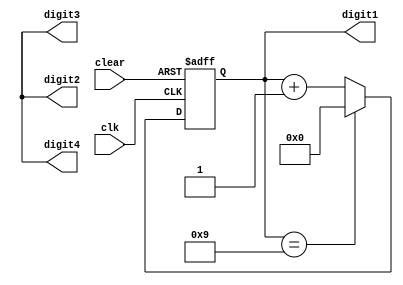
module BCD_Counter (
    input wire clk,
    input wire clear,
    output reg [3:0] digit1,
    output reg [3:0] digit2,
    output reg [3:0] digit3,
    output reg [3:0] digit4
);

reg [3:0] count;

always @(posedge clk or posedge clear) begin
    if (clear) begin
        count <= 4'b0000;
    end else begin
        if (count == 4'd9) begin
            count <= 4'b0000;
        end else begin
            count <= count + 1;
        end
    end
end

assign digit1 = count[3:0];
assign digit2 = count[7:4];
assign digit3 = count[11:8];
assign digit4 = count[15:12];

endmodule